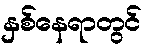
နှစ်နေရာတွင်